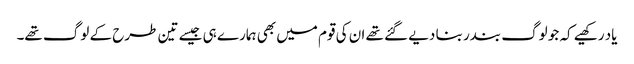
یاد رکھیے کہ جو لوگ بندر بنا دیے گئے تھے ان کی قوم میں بھی ہمارے ہی جیسے تین طرح کے لوگ تھے۔